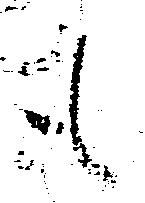
も